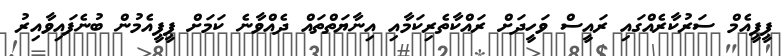
ޕީޕީއެމް ސަރުކާރެއްގައި ރައީސް ވަހީދަށް ރައްކާތެރިކަމާއި އިނާޔަތްތައް ދެއްވާނެ ކަމަށް ޕީޕީއެމުން ބުނެފައިވާއިރު